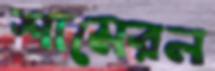
শামেরন